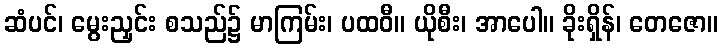
ဆံပင်၊ မွေးညှင်း စသည်၌ မာကြမ်း၊ ပထဝီ။ ယိုစီး၊ အာပေါ။ ခိုးရှိန်၊ တေဇော။